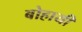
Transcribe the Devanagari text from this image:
बोहायी